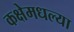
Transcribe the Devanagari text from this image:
कक्षेमधल्या